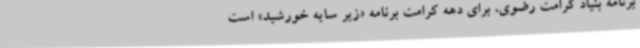
برنامه بنیاد کرامت رضوی، برای دهه کرامت برنامه «زیر سایه خورشید» است